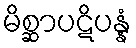
မိစ္ဆာပဋိပန္နံ